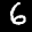
Label: 6